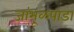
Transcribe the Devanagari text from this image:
जांभूळपाडा